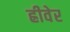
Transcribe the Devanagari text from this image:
ह्रीवेर